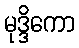
မုဒ္ဒိကော